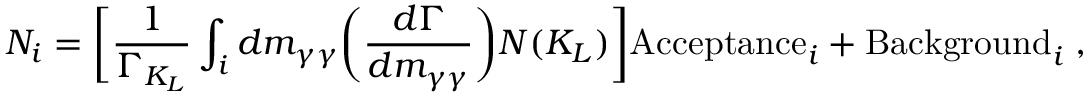
N _ { i } = \biggl [ { \frac { 1 } { \Gamma _ { K _ { L } } } } \int _ { i } d m _ { \gamma \gamma } \biggl ( { \frac { d \Gamma } { d m _ { \gamma \gamma } } } \biggr ) N ( K _ { L } ) \biggr ] \mathrm { A c c e p t a n c e } _ { i } + \mathrm { B a c k g r o u n d } _ { i } \; ,